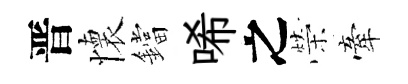
晋懷鐺唏之榮牽